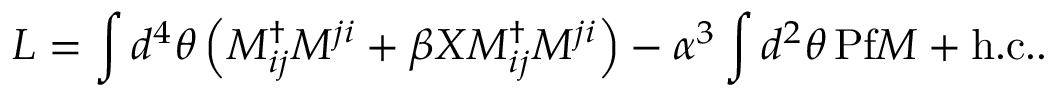
{ \cal L } = \int d ^ { 4 } \theta \left( M _ { i j } ^ { \dag } M ^ { j i } + \beta X M _ { i j } ^ { \dag } M ^ { j i } \right) - \alpha ^ { 3 } \int d ^ { 2 } \theta \, \mathrm { P f } M + \mathrm { h . c . } .